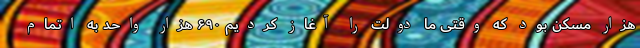
هزار مسکن بود که وقتی ما دولت را آغاز کردیم ۶۹۰ هزار واحد به اتمام